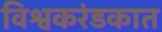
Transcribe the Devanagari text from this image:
विश्वकरंडकात